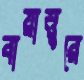
বায়াত্তুরে